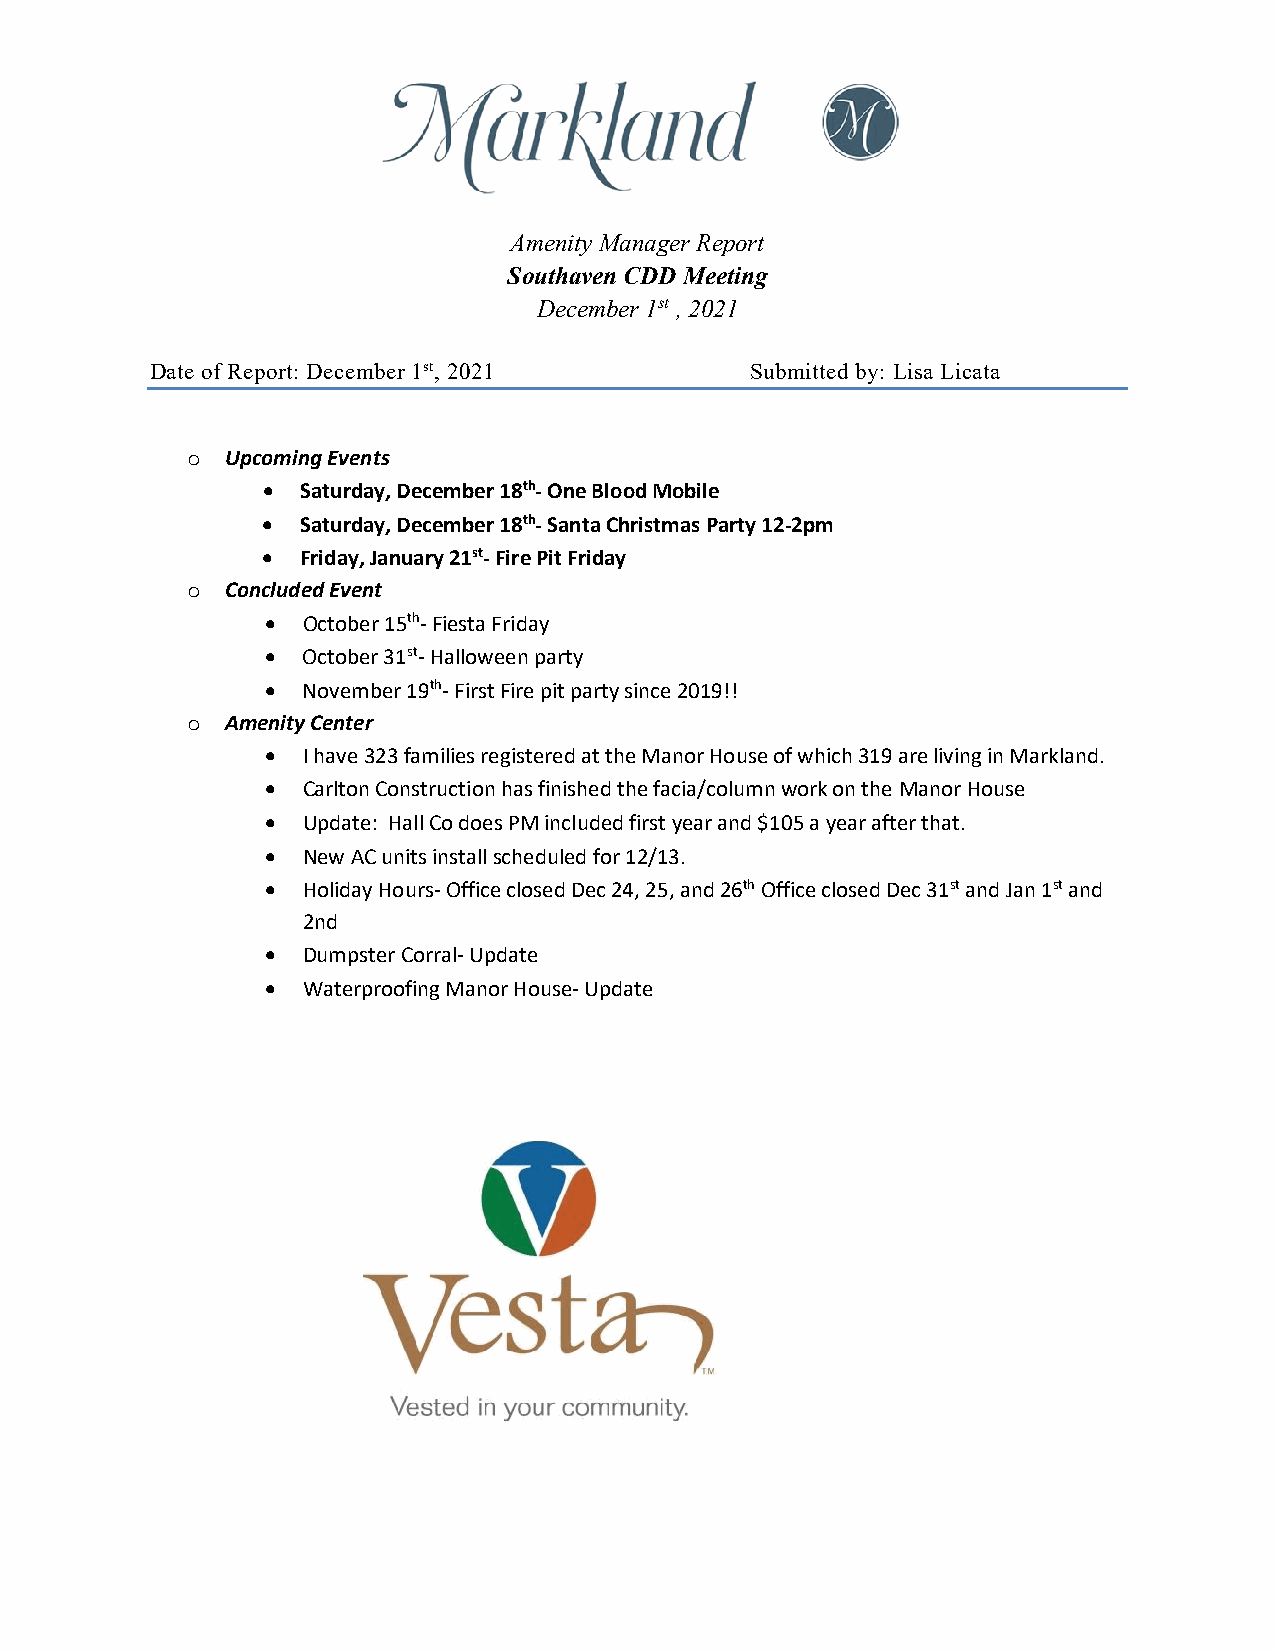
e
 A@r)tand
 Amenity Manager Report
 Southaven CDD Meeting
 December 1st , 2021
 Date of Report: December 1st, 2021      Submitted by: Lisa Licata
 Upcoming Events
 o
 •  Saturday, December 18th-One Blood Mobile
 •  Saturday, December 18th-Santa Christmas Party 12-2pm
 •  Friday, January 21st-Fire Pit Friday
 Concluded Event
 o
 • October 15th-Fiesta Friday
 • October 31st-Halloween party
 • November 19th-First Fire pit party since 2019!!
 Amenity Center
 o
 • I have 323 families registered at the Manor House of which 319 are living in Markland.
 • Carlton Construction has finished the facia/column work on the Manor House
 • Update: Hall Co does PM included first year and $105 a year after that.
 • New AC units install scheduled for 12/13.
 • Holiday Hours-Office closed Dec 24, 25, and 26th Office closed Dec 31st and Jan 1st and
 2nd
 • Dumpster Corral-Update
 • Waterproofing Manor House-Update
 Vested in your community.